Vaccine operations Central Provinces & Berar 1922-1929 - 1922-1929
Year: 1922
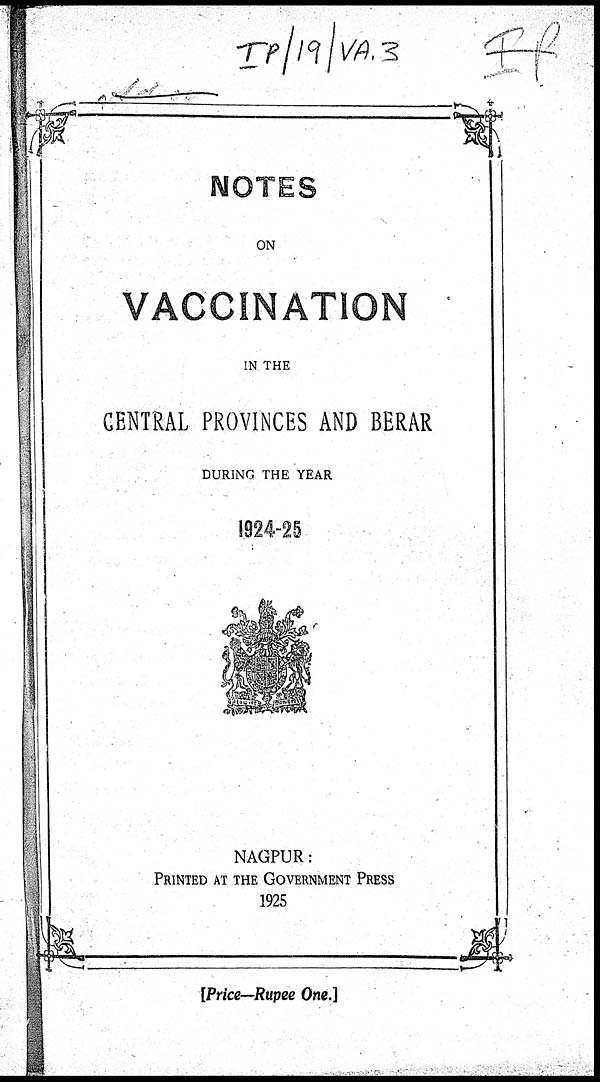
NOTES
ON
VACCINATION
IN THE
CENTRAL PROVINCES AND BERAR
DURING THE YEAR
1924-25
NAGPUR:
PRINTED AT THE GOVERNMENT PRESS
1925
[Price—Rupee One.]